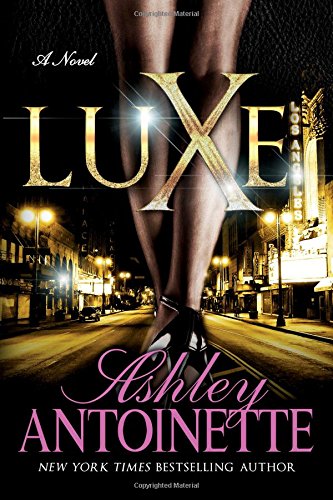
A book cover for Luxe: A Novel; Ashley Antoinette; Literature & Fiction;